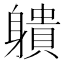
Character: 䠿